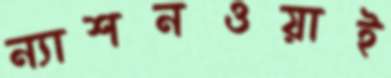
ন্যাশনওয়াই